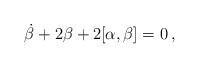
LaTeX: \begin{align*}\dot \beta + 2 \beta + 2 [\alpha,\beta]=0 \, ,\end{align*}